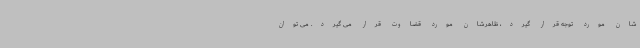
شان مورد توجه قرار گیرد، ظاهرشان مورد قضاوت قرار می گیرد. می توان